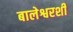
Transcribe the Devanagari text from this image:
बालेश्वरशी